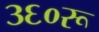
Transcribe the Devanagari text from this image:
३६०रू